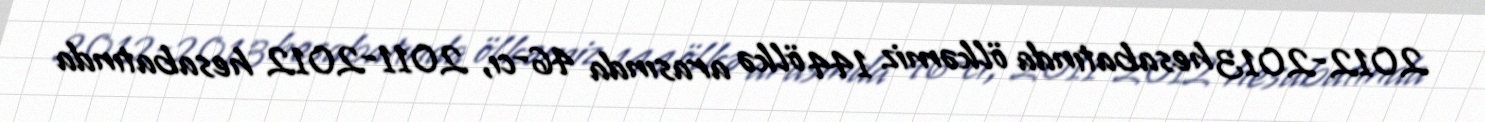
2012-2013 hesabatında ölkəmiz 144 ölkə arasında 46-cı, 2011-2012 hesabatında